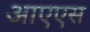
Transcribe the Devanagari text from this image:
आएएस